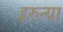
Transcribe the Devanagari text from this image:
इरुन्या